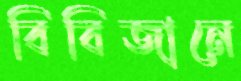
বিবিজানে